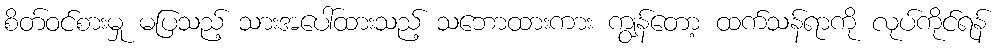
စိတ်ဝင်စားမှု မပြသည့် သားအပေါ်ထားသည့် သဘောထားကား ကျွန်တော့ ထက်သန်ရာကို လုပ်ကိုင်ရန်